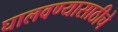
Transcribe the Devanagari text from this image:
घालवण्यासाठीचे